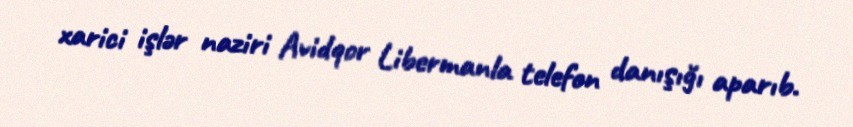
xarici işlər naziri Avidqor Libermanla telefon danışığı aparıb.